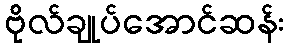
ဗိုလ်ချုပ်အောင်ဆန်း